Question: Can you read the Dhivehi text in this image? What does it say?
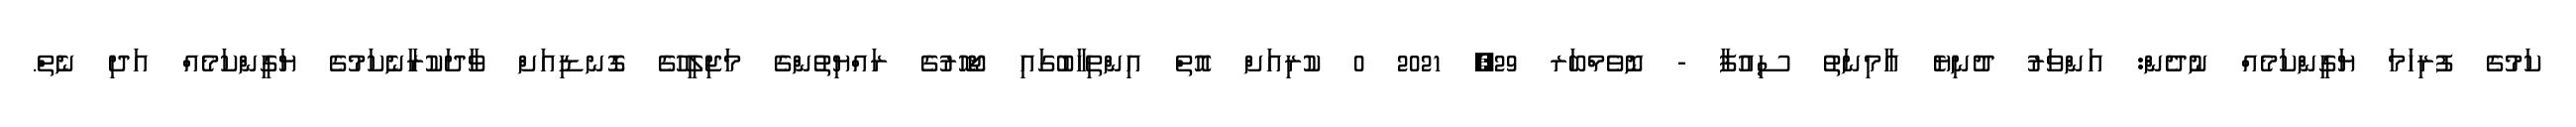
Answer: ކަމުގެ ފުރިހަމަ ޔަގީންކަމެއް ނުދެން: އަންވަރު ދުނިޔެ އާމިނަތު ސިއުފާ - ނޮވެމްބަރ 29, 2021 0 ކުރިއަށް އޮތް އިންތިހާބުގައި ޖޯހޮރުގެ ރައްޔިތުންގެ މަޖިލީހުގެ ގޮނޑިއަށް ވާދަކުރާނެކަމުގެ ޔަގީންކަމެއް އަދި ނެތް.